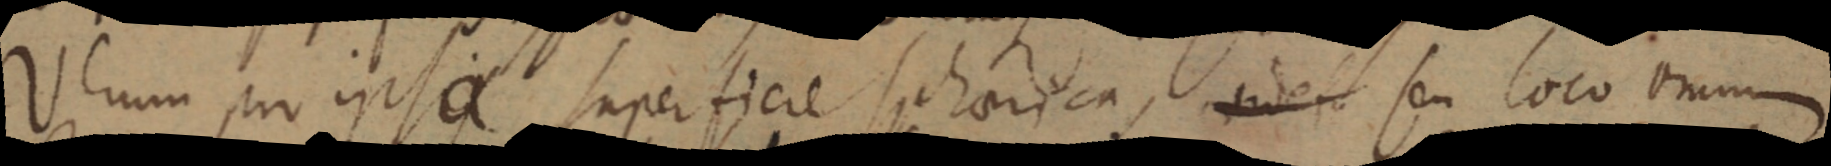
Verum pro ipsa superficie spherica, _ seu loco omni